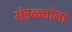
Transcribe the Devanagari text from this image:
मंडळ्यांना